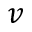
v